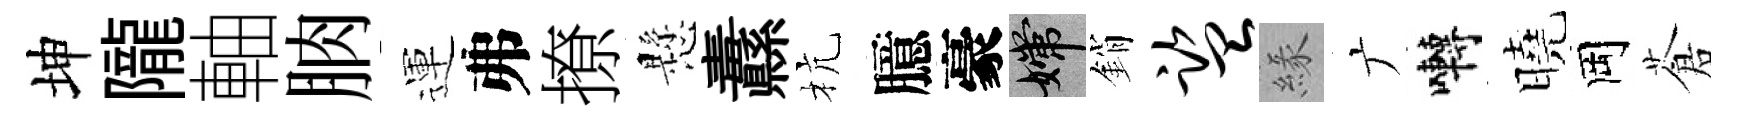
坤隴軸朒運弗撩懸纛杭臆豪嫦銷监緣广囀曉岡蒼